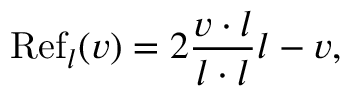
\operatorname { R e f } _ { l } ( v ) = 2 { \frac { v \cdot l } { l \cdot l } } l - v ,